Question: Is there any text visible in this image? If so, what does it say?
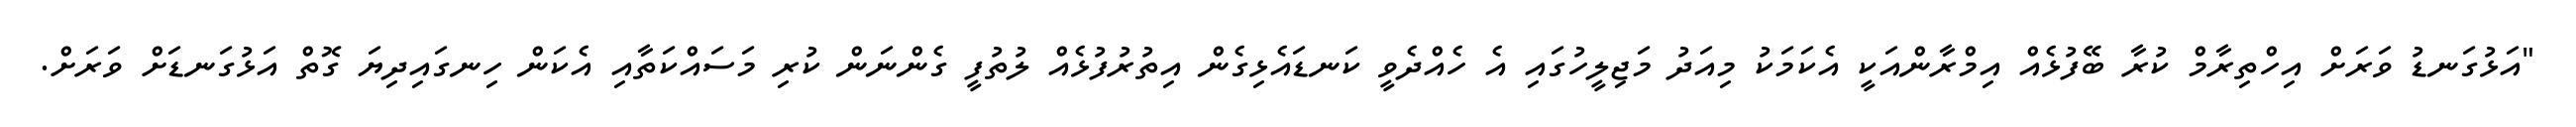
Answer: "އަޅުގަނޑު ވަރަށް އިހްތިރާމް ކުރާ ބޭފުޅެއް އިމްރާންއަކީ އެކަމަކު މިއަދު މަޖިލީހުގައި އެ ހެއްދެވީ ކަނޑައެޅިގެން އިތުރުފުޅެއް ލުތުފީ ގެންނަން ކުރި މަސައްކަތާއި އެކަން ހިނގައިދިޔަ ގޮތް އަޅުގަނޑަށް ވަރަށް.